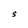
Character: S